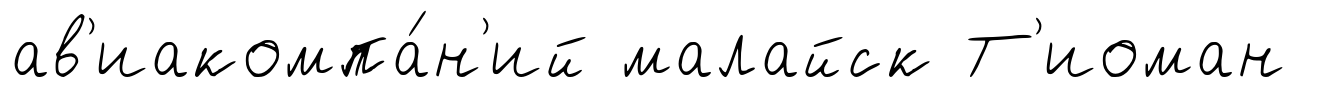
ав'иакомпа́н'ий малайск Т'иоман